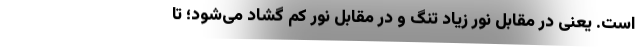
است. یعنی در مقابل نور زیاد تنگ و در مقابل نور کم گشاد می‌شود؛ تا